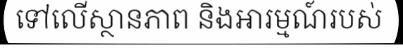
ទៅលើស្ថានភាព និងអារម្មណ៍របស់